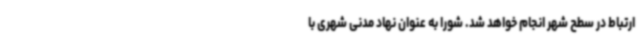
ارتباط در سطح شهر انجام خواهد شد. شورا به عنوان نهاد مدنی شهری با